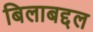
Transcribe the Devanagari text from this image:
बिलाबद्दल